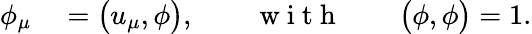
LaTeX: \begin{array}{rl}{\phi_{\mu}}&{{}=\bigl(u_{\mu},\phi\bigr),\qquad\mathrm{~w~i~t~h~}\qquad\bigl(\phi,\phi\bigr)=1.}\end{array}